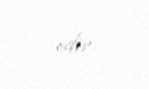
edir.